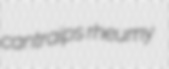
cantraips rheumy